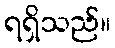
ရရှိသည်။